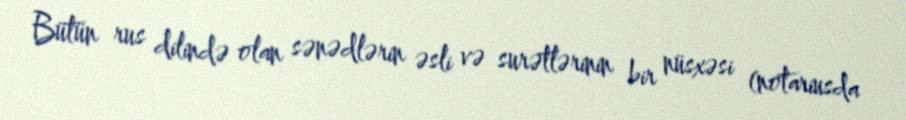
Bütün rus dilində olan sənədlərin əsli və surətlərinin bir nüsxəsi (notariusda